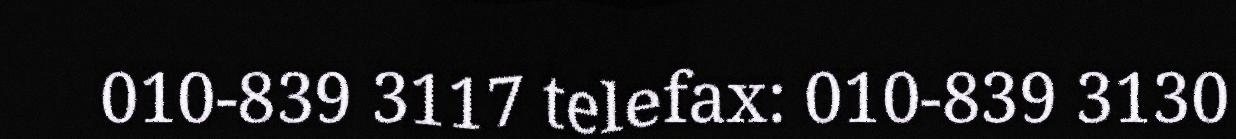
010-839 3117 telefax: 010-839 3130